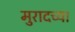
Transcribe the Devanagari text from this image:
मुरादच्या